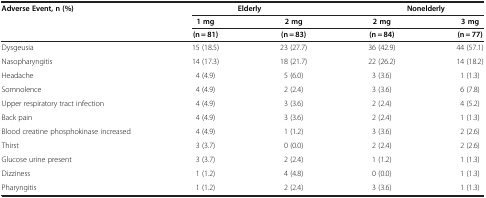
<table><thead><tr><td rowspan="3"><b>Adverse Event, n (%)</b></td><td colspan="2"><b>Elderly</b></td><td colspan="2"><b>Nonelderly</b></td></tr><tr><td><b>1 mg</b></td><td><b>2 mg</b></td><td><b>2 mg</b></td><td><b>3 mg</b></td></tr><tr><td><b>(n = 81)</b></td><td><b>(n = 83)</b></td><td><b>(n = 84)</b></td><td><b>(n = 77)</b></td></tr></thead><tbody><tr><td>Dysgeusia</td><td>15 (18.5)</td><td>23 (27.7)</td><td>36 (42.9)</td><td>44 (57.1)</td></tr><tr><td>Nasopharyngitis</td><td>14 (17.3)</td><td>18 (21.7)</td><td>22 (26.2)</td><td>14 (18.2)</td></tr><tr><td>Headache</td><td>4 (4.9)</td><td>5 (6.0)</td><td>3 (3.6)</td><td>1 (1.3)</td></tr><tr><td>Somnolence</td><td>4 (4.9)</td><td>2 (2.4)</td><td>3 (3.6)</td><td>6 (7.8)</td></tr><tr><td>Upper respiratory tract infection</td><td>4 (4.9)</td><td>3 (3.6)</td><td>2 (2.4)</td><td>4 (5.2)</td></tr><tr><td>Back pain</td><td>4 (4.9)</td><td>3 (3.6)</td><td>2 (2.4)</td><td>1 (1.3)</td></tr><tr><td>Blood creatine phosphokinase increased</td><td>4 (4.9)</td><td>1 (1.2)</td><td>3 (3.6)</td><td>2 (2.6)</td></tr><tr><td>Thirst</td><td>3 (3.7)</td><td>0 (0.0)</td><td>2 (2.4)</td><td>2 (2.6)</td></tr><tr><td>Glucose urine present</td><td>3 (3.7)</td><td>2 (2.4)</td><td>1 (1.2)</td><td>1 (1.3)</td></tr><tr><td>Dizziness</td><td>1 (1.2)</td><td>4 (4.8)</td><td>0 (0.0)</td><td>1 (1.3)</td></tr><tr><td>Pharyngitis</td><td>1 (1.2)</td><td>2 (2.4)</td><td>3 (3.6)</td><td>1 (1.3)</td></tr></tbody></table>